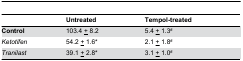
<table><thead><tr><td></td><td><b>Untreated</b></td><td><b>Tempol-treated</b></td></tr></thead><tbody><tr><td><b>Control</b></td><td>103.4 <underline>+</underline> 8.2</td><td>5.4 <underline>+</underline> 1.3<sup>#</sup></td></tr><tr><td><i>Ketotifen</i></td><td>54.2 <underline>+</underline> 1.6*</td><td>2.1 <underline>+</underline> 1.8<sup>#</sup></td></tr><tr><td><i>Tranilast</i></td><td>39.1 <underline>+</underline> 2.8*</td><td>3.1 <underline>+</underline> 1.0<sup>#</sup></td></tr></tbody></table>